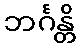
ဘင်္ဂန္တိ